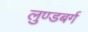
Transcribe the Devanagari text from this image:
लुण्डबर्ग